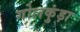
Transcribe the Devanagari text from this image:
गोलकुंड़ा